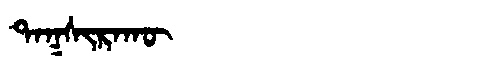
Manchu: ᡨᠠᡴᠰᡳᡵᠠᡴᡡ
Romanization: TAKSIRAKŪ